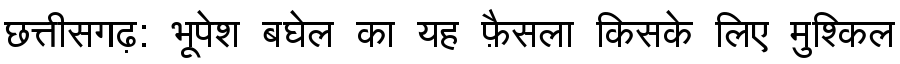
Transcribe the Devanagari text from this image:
छत्तीसगढ़: भूपेश बघेल का यह फ़ैसला किसके लिए मुश्किल